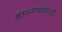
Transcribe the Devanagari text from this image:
संम्पवण्यासाठी